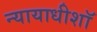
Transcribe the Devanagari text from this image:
न्यायाधीशॉ